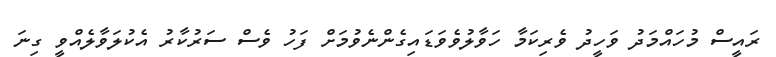
ރައީސް މުހައްމަދު ވަހީދު ވެރިކަމާ ހަވާލުވެވަޑައިގެންނެވުމަށް ފަހު ވެސް ސަރުކާރު އެކުލަވާލެއްވީ ގިނަ